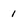
Character: I